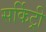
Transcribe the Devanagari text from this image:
सर्किट्री